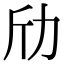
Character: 劤